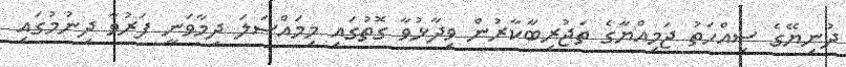
ދުނިޔޭގެ ސިއްހަތު ޖަމިއްޔާގެ ތަޖުރިބާކާރުން ވިދާޅުވާ ގޮތުގައި މިމައްސަލަ ދިމާވަނީ ފަރުވާ ދިނުމުގައި